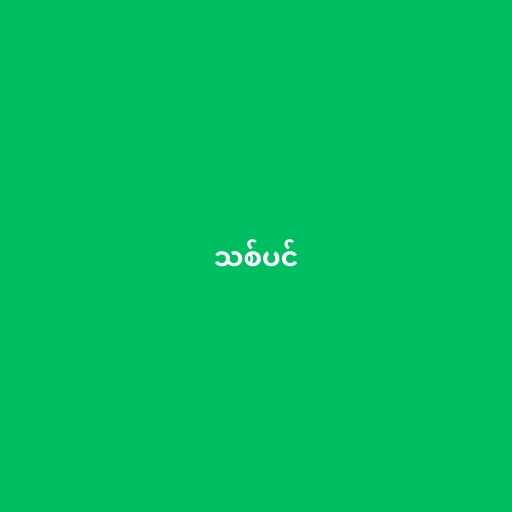
သစ်ပင်